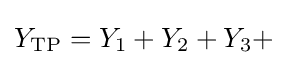
Y_{\text{TP}}=Y_{1}+Y_{2}+Y_{3}+